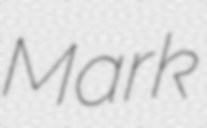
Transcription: Mark